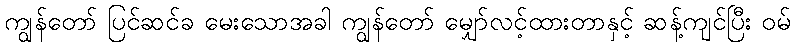
ကျွန်တော် ပြင်ဆင်ခ မေးသောအခါ ကျွန်တော် မျှော်လင့်ထားတာနှင့် ဆန့်ကျင်ပြီး ဝမ်